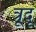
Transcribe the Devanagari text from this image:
त्रूदू